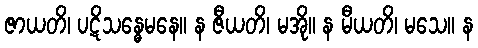
ဇာယတိ၊ ပဋိသန္ဓေမနေ။ န ဇီယတိ၊ မအို။ န မီယတိ၊ မသေ။ န